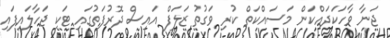
ޖަނާ ވާހަކަދައްކަން މަސައްކަތް ކުރި ވަގުތު ޒަލަފް އައިސް ދޮރުފަތުގައި ޓަކި ޖަހާލައިފައި